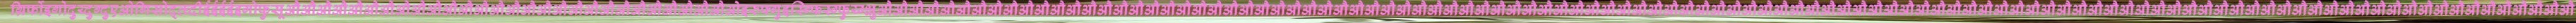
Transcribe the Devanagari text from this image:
ग्रिर्फोइगोदुय्दुग्दुएओगिसोद्त्घ्दीईईईईइगोफुसूऔऔऔऔऔऔऔऔऔऔऔऔऔऔऔऔऔऔऔऔऔऔऔऔऔऔऔऔओइरुफ्गुइस्ग्फिस्ग्फुय्ग्क्षुऔऔऔऔऔऔऔऔऔऔऔऔऔऔऔऔऔऔऔऔऔऔऔऔऔऔऔऔऔऔऔऔऔऔऔऔऔऔऔऔऔऔऔऔऔऔऔऔऔऔऔऔऔऔऔऔऔऔऔऔऔऔऔऔऔऔऔऔऔऔऔऔऔऔऔऔऔऔऔऔऔऔऔऔऔऔऔऔऔऔऔऔऔऔऔऔऔऔऔऔऔऔऔऔऔऔऔऔ